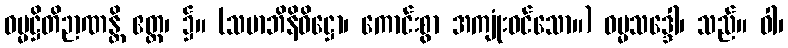
ဓမ္မဋ္ဌိတိဉာဏန္တိ ဧတ္ထ၊ ၌။ (သမာဘိနိဝိဋ္ဌော၊ ကောင်းစွာ အကျုံးဝင်သော။) ဓမ္မသဒ္ဒေါ၊ သည်။ ဝါ၊